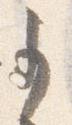
事